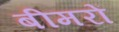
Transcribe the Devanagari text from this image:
बीमरों